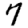
Digit: 7